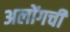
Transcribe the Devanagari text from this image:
अलोंगची